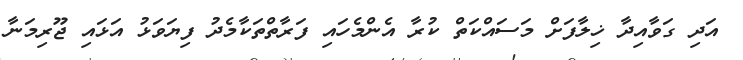
އަދި ގަވާއިދާ ޚިލާފަށް މަސައްކަތް ކުރާ އެންމެހައި ފަރާތްތަކާމެދު ފިޔަވަޅު އަޅައި ޖޫރިމަނާ